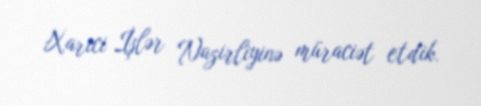
Xarici İşlər Nazirliyinə müraciət etdik.